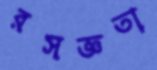
রসজ্ঞতা